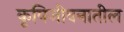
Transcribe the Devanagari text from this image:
कृषिजीवनातील